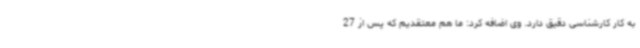
به کار کارشناسی دقیق دارد. وی اضافه کرد: ما هم معتقدیم که پس از 27